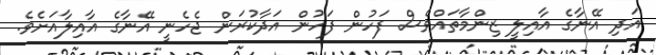
އަދި އޭނާގެ އާއިލީ ޒިންމާތައްވެސް ފަހުން ފަހުން އަދާކުރަން ޖެހެނީ އޭނާގެ އާއިލާއަށެވެ.